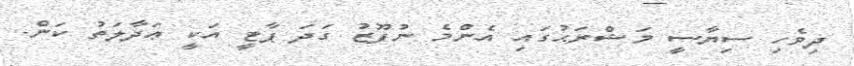
ދިވެހި ސިޔާސީ މަޝްރަޙުގައި އެންމެ ނުފޫޒު ގަދަ ޕާޓީ އަކީ ޢަދާލަތު ކަން.